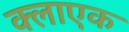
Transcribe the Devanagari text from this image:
क्लाएक